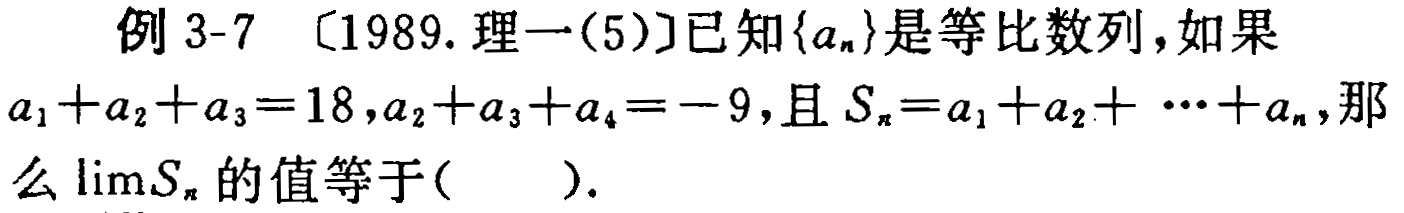
例 3-7 〔1989. 理一(5)〕已知\(\{a_{n}\}\)是等比数列，如果\(a_{1}+a_{2}+a_{3}=18,a_{2}+a_{3}+a_{4}=-9\)，且\(S_{n}=a_{1}+a_{2}+\cdots +a_{n}\)，那么\(\lim\limits_{n\rightarrow\infty}S_{n}\)的值等于( ).